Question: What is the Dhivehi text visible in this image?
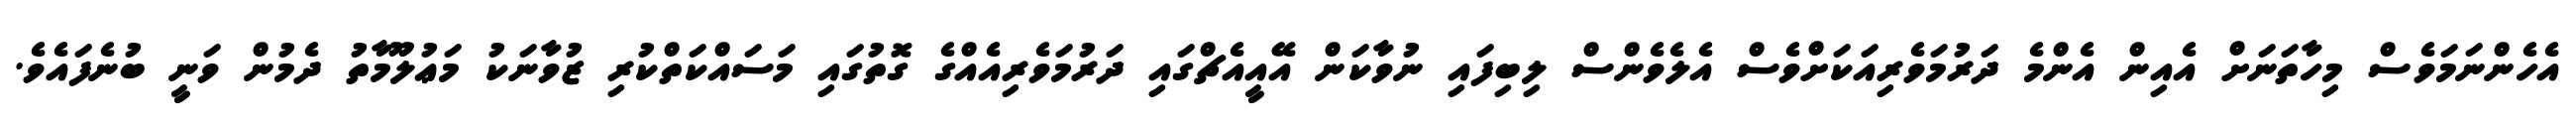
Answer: އެހެންނަމަވެސް މިހާތަނަށް އެއިން އެންމެ ދަރުމަވެރިއަކަށްވެސް އެލެވެންސް ލިބިފައި ނުވާކަން އޭއީއެޗްގައި ދަރުމަވެރިއެއްގެ ގޮތުގައި މަސައްކަތްކުރި ޒުވާނަކު މަޢުލޫމާތު ދެމުން ވަނީ ބުނެފައެވެ.